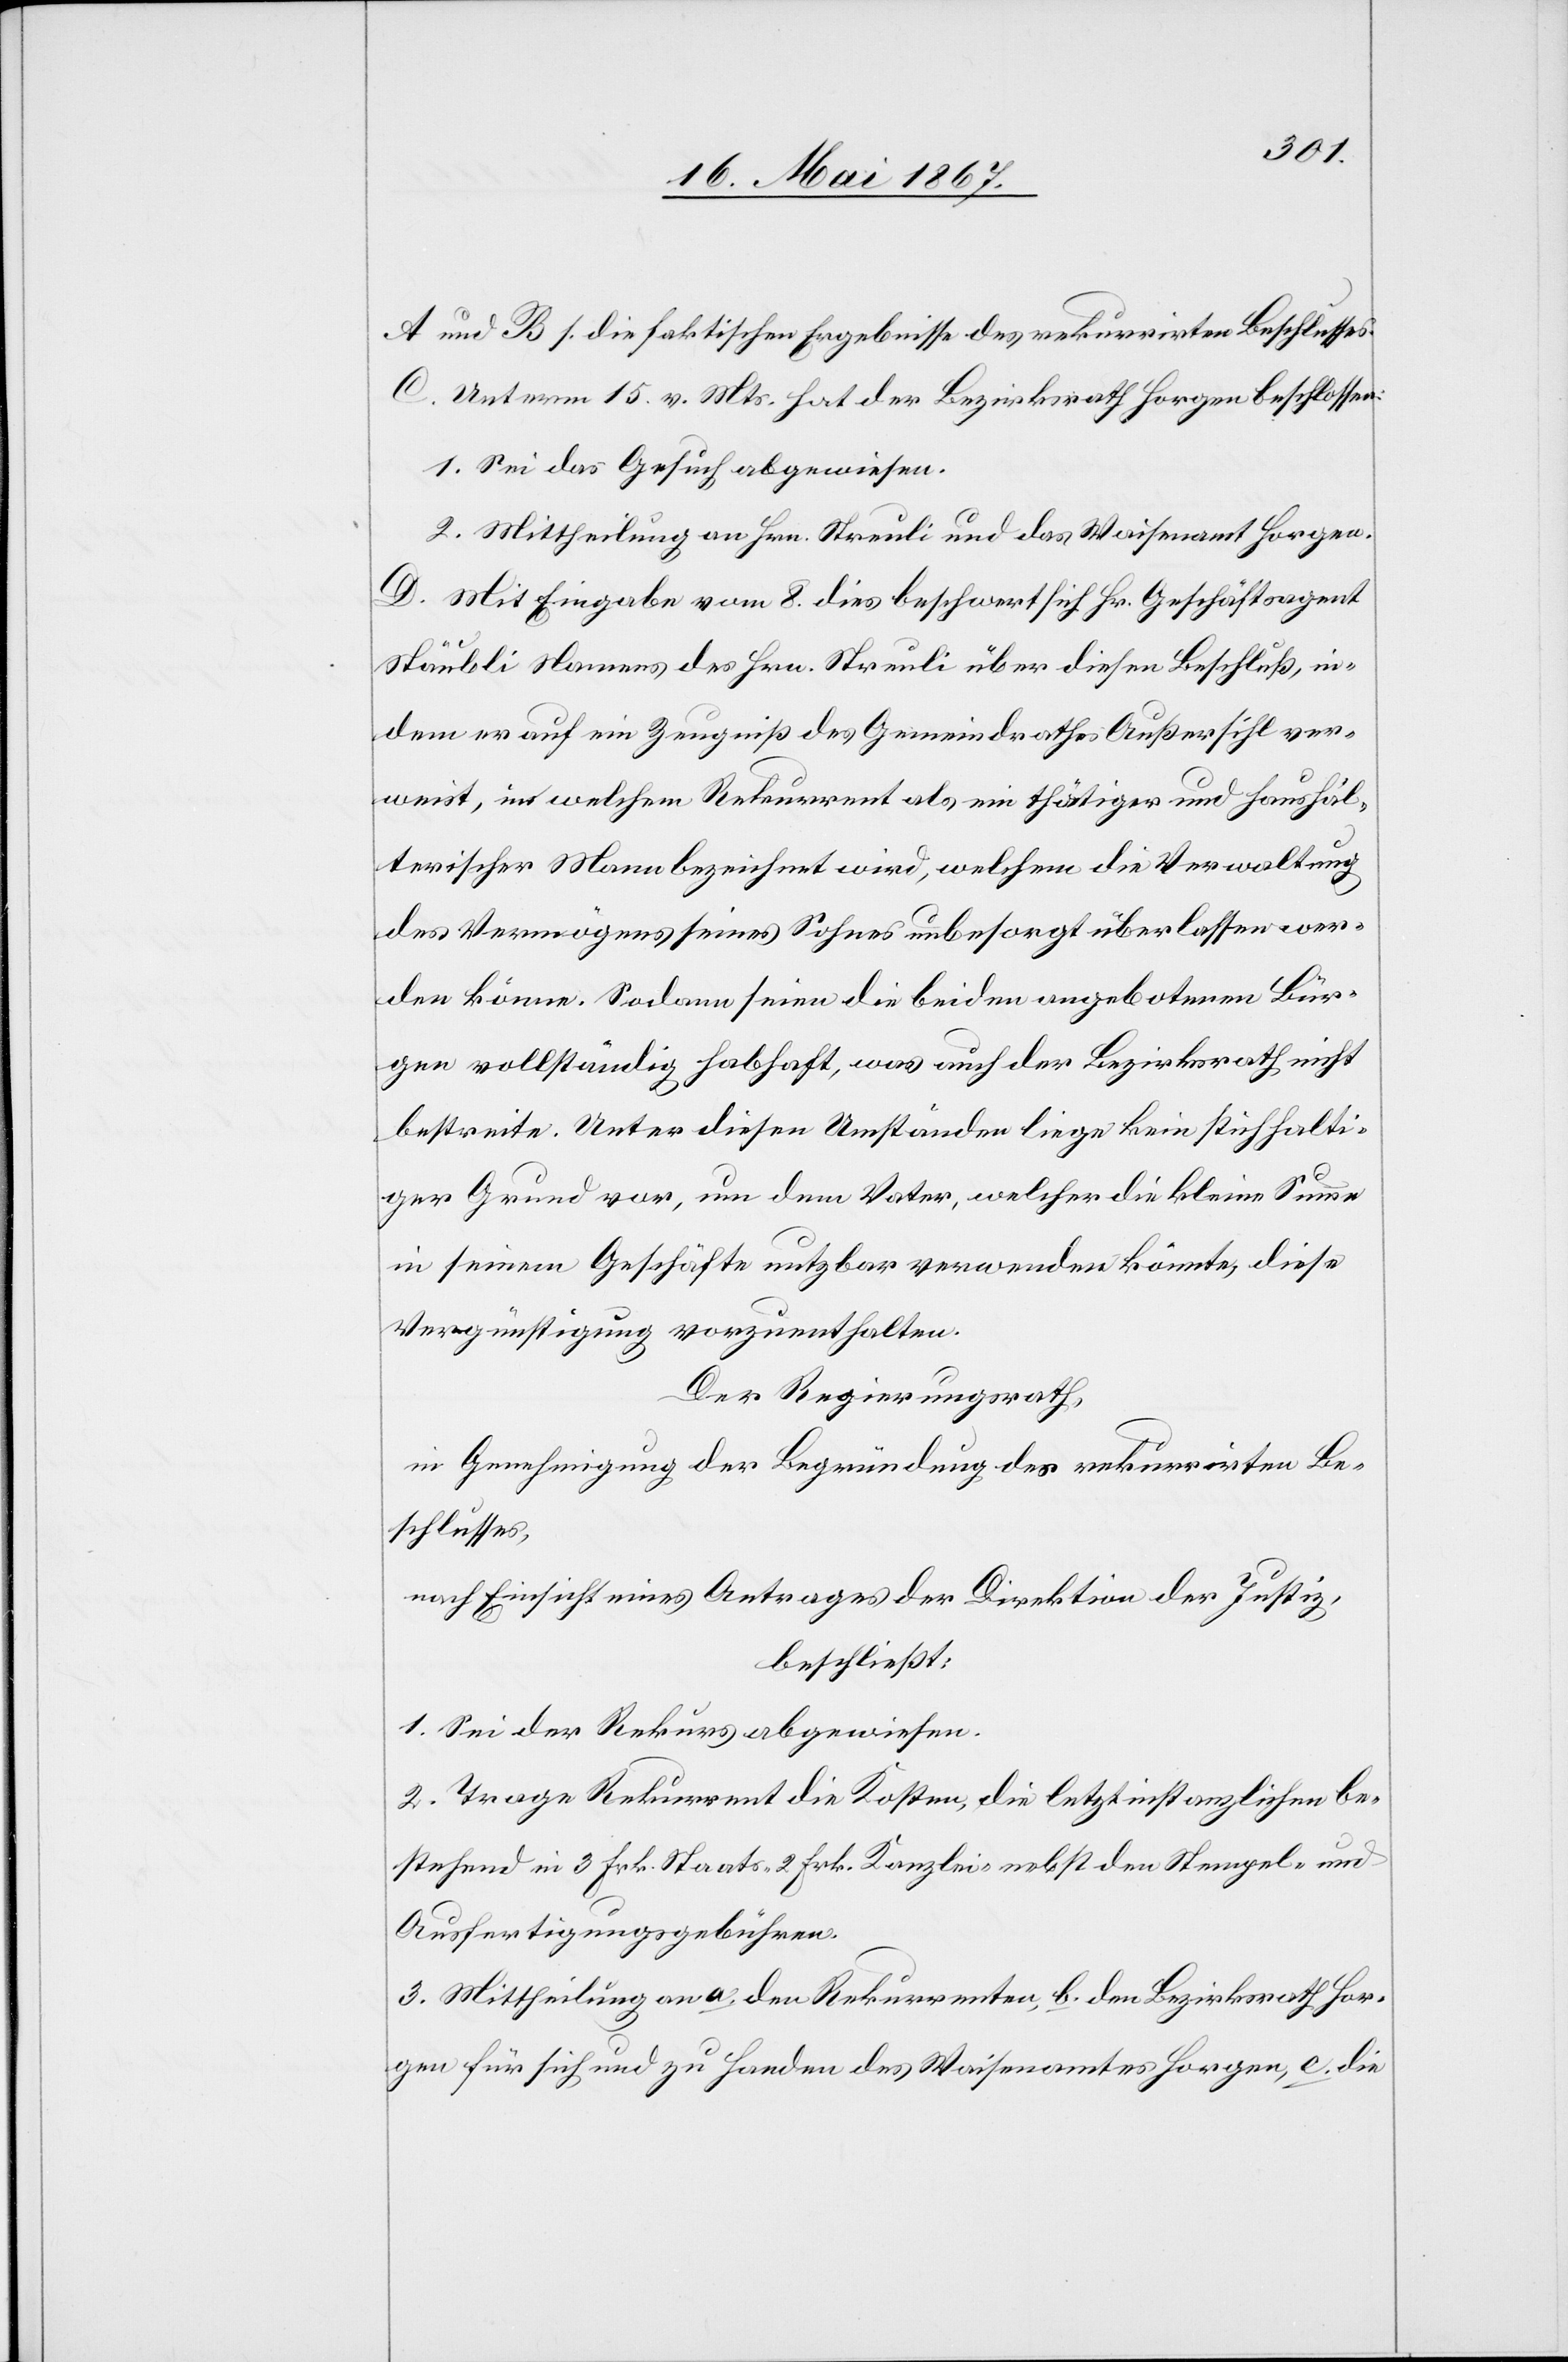
A und B s. die faktischen Ergebnisse des rekurrirten Beschlusses.
C. Unterm 15. v. Mts hat der Bezirksrath Horgen beschlossen:
1. Sei das Gesuch abgewiesen.
2. Mittheilung an Hrn. Streuli und das Waisenamt Horgen.
D. Mit Eingabe vom 8. Dies beschwert sich Hr. Geschäftsagent
Stäubli Namens des Hrn. Streuli über diesen Beschluß, in¬
dem er auf ein Zeugnis des Gemeindrathes Außersihl ver¬
weist, in welchem Rekurrent als ein thätiger und haushäl¬
terischer Mann bezeichnet wird, welchem die Verwaltung
des Vermögens seines Sohnes unbesorgt überlassen wer¬
den könne. Sodann seien die beiden angebotenen Bür¬
ger vollständig habhaft, was auch der Bezirksrath nicht
bestreite. Unter diesen Umständen liege kein stichhalti¬
ger Grund vor, um dem Vater, welcher die kleine Summe
in seinem Geschäfte nutzbar verwenden könnte, diese
Vergünstigung vorzuenthalten.
Der Regierungsrath,
in Genehmigung der Begründung des rekurrirten Be¬
schlusses,
nach Einsicht eines Antrages der Direktion der Justiz,
beschließt:
1. Sei der Rekurs abgewiesen.
2. Trage Rekurrent die Kosten, die letztinstanzlichen be¬
stehend in 3 Frk. Staats-[,] 2 Frk. Kanzlei- nebst den Stempel und
Ausfertigungsgebühren.
3. Mittheilung an a. den Rekurrenten, b. den Bezirksrath Hor¬
gen für sich und zu Handen des Waisenamtes Horgen, c, die